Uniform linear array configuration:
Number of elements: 8
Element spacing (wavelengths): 1
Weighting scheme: blackman
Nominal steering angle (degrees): -60
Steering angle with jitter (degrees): -60.887
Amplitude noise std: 0.05
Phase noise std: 0.05

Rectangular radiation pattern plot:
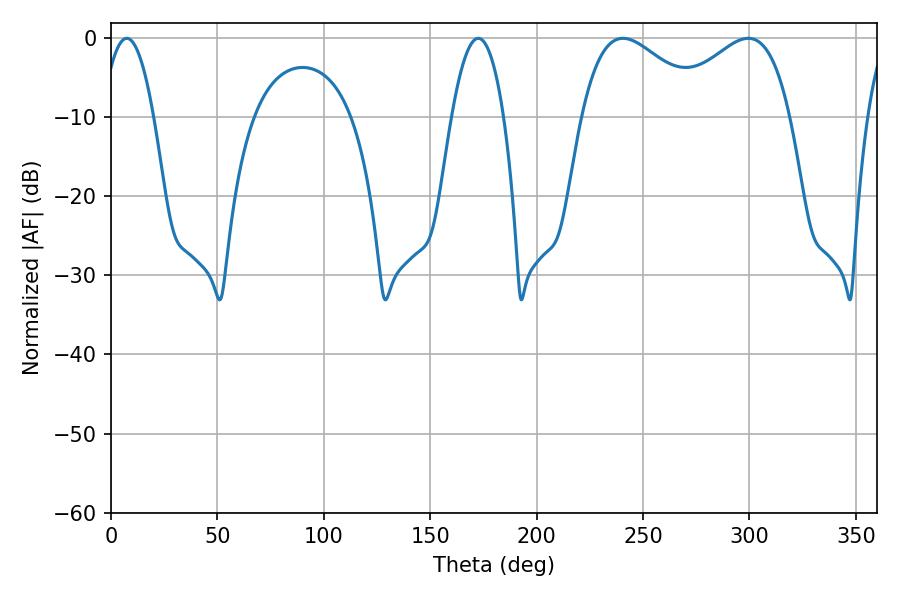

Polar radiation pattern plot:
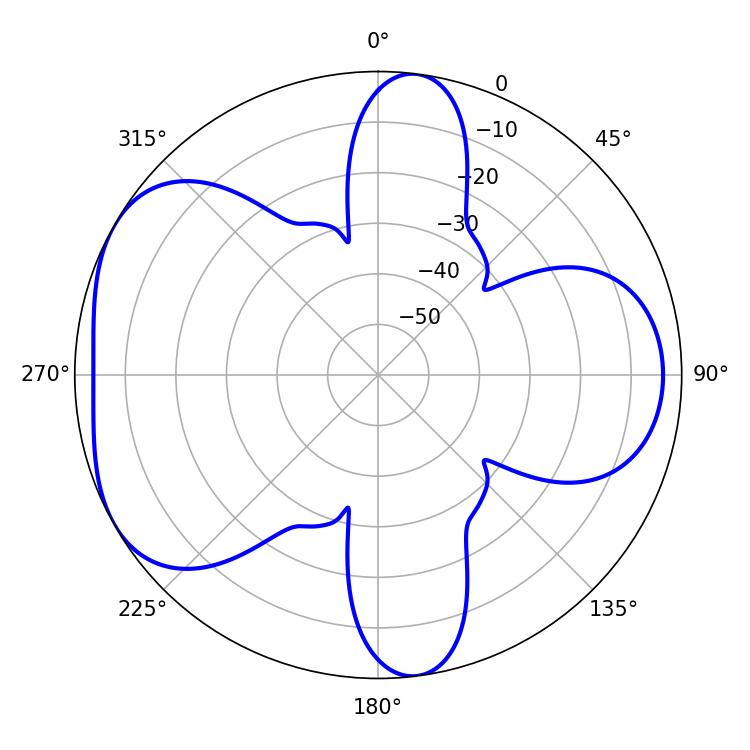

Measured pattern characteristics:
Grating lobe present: TRUE
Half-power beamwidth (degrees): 13.5
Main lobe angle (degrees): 7.38